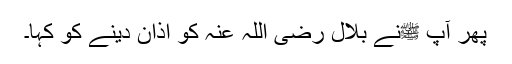
پھر آپ ﷺنے بلال رضی اللہ عنہ کو اذان دینے کو کہا۔